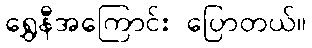
ရွှေနီအကြောင်း ပြောတယ်။